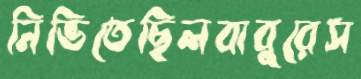
নিভিতেছিলবাবুরেস